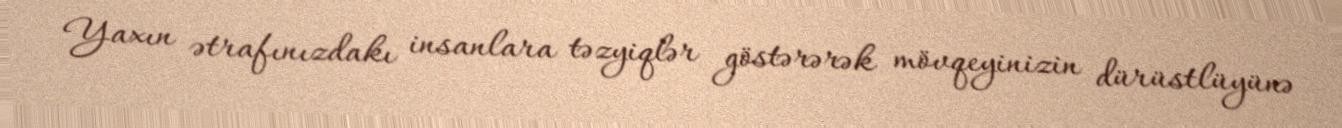
Yaxın ətrafınızdakı insanlara təzyiqlər göstərərək mövqeyinizin dürüstlüyünə